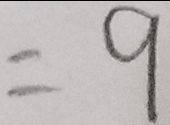
= 9